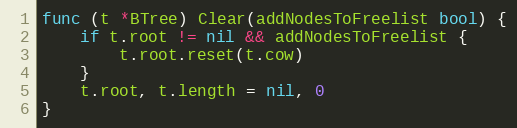
Language: Go
func (t *BTree) Clear(addNodesToFreelist bool) {
	if t.root != nil && addNodesToFreelist {
		t.root.reset(t.cow)
	}
	t.root, t.length = nil, 0
}